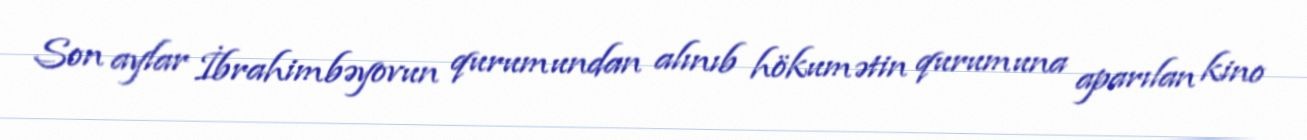
Son aylar İbrahimbəyovun qurumundan alınıb hökumətin qurumuna aparılan kino